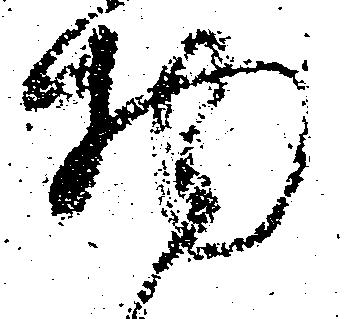
物